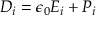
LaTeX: D _ { i } = \epsilon _ { 0 } E _ { i } + P _ { i }